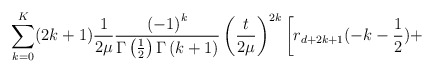
\begin{align*}\sum\limits_{k=0}^K (2k+1)\frac{1}{2\mu} \frac{\left( -1\right) ^{k}}{\Gamma \left( \frac 12\right)\Gamma \left( k+1\right) }\left( \frac{t}{2\mu}\right) ^{2k} \left[r_{d+2k+1}(-k-\frac 12) +\right.\end{align*}